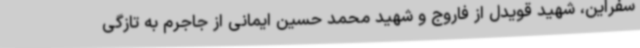
سفراین، شهید قویدل از فاروج و شهید محمد حسین ایمانی از جاجرم به تازگی